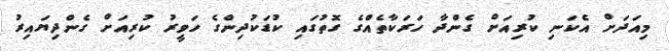
މިއަދަށް އެކަނި ކުރިއަށް ގެންދާ ހަރަކާތެއްގެ ގޮތުގައި ކުޑަކުދިންގެ ހަވީރު ކުރިއަށް ގެންދިޔައިރު